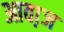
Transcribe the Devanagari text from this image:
आवा़ज